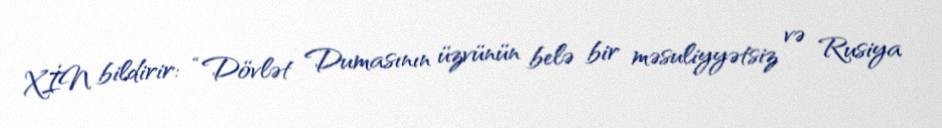
XİN bildirir: “Dövlət Dumasının üzvünün belə bir məsuliyyətsiz və Rusiya